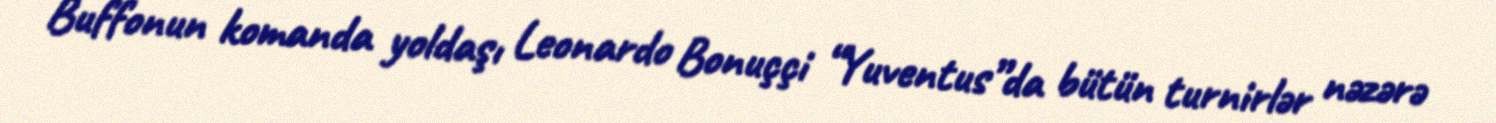
Buffonun komanda yoldaşı Leonardo Bonuççi “Yuventus”da bütün turnirlər nəzərə